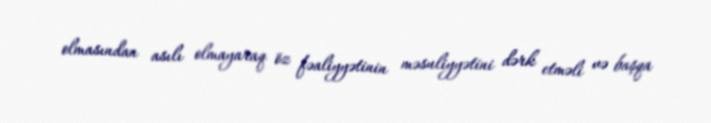
olmasından asılı olmayaraq öz fəaliyyətinin məsuliyyətini dərk etməli və başqa